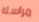
مراسلة